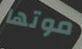
موتها